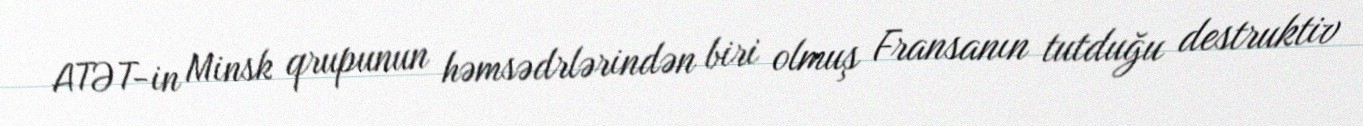
ATƏT-in Minsk qrupunun həmsədrlərindən biri olmuş Fransanın tutduğu destruktiv